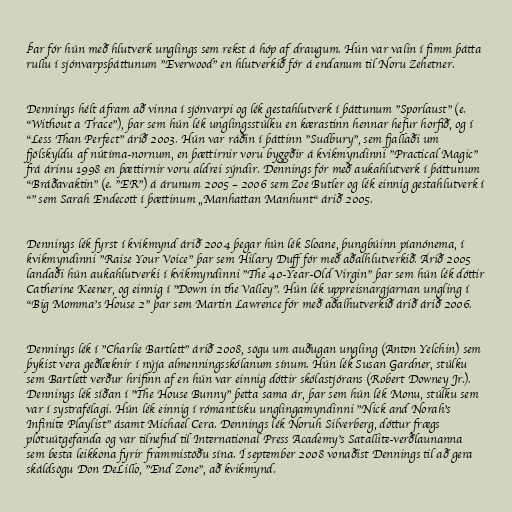
Þar fór hún með hlutverk unglings sem rekst á hóp af draugum. Hún var valin í fimm þátta
rullu í sjónvarpsþáttunum "Everwood" en hlutverkið fór á endanum til Noru Zehetner.

Dennings hélt áfram að vinna í sjónvarpi og lék gestahlutverk í þáttunum "Sporlaust" (e.
"Without a Trace"), þar sem hún lék unglingsstúlku en kærastinn hennar hefur horfið, og í
"Less Than Perfect" árið 2003. Hún var ráðin í þáttinn "Sudbury", sem fjallaði um
fjölskyldu af nútíma-nornum, en þættirnir voru byggðir á kvikmyndinni "Practical Magic"
frá árinu 1998 en þættirnir voru aldrei sýndir. Dennings fór með aukahlutverk í þáttunum
"Bráðavaktin" (e. "ER") á árunum 2005 – 2006 sem Zoe Butler og lék einnig gestahlutverk í
"" sem Sarah Endecott í þættinum „Manhattan Manhunt“ árið 2005.

Dennings lék fyrst í kvikmynd árið 2004 þegar hún lék Sloane, þungbúinn píanónema, í
kvikmyndinni "Raise Your Voice" þar sem Hilary Duff fór með aðalhlutverkið. Árið 2005
landaði hún aukahlutverki í kvikmyndinni "The 40-Year-Old Virgin" þar sem hún lék dóttir
Catherine Keener, og einnig í "Down in the Valley". Hún lék uppreisnargjarnan ungling í
"Big Momma's House 2" þar sem Martin Lawrence fór með aðalhutverkið árið árið 2006.

Dennings lék í "Charlie Bartlett" árið 2008, sögu um auðugan ungling (Anton Yelchin) sem
þykist vera geðlæknir í nýja almenningsskólanum sínum. Hún lék Susan Gardner, stúlku
sem Bartlett verður hrifinn af en hún var einnig dóttir skólastjórans (Robert Downey Jr.).
Dennings lék síðan í "The House Bunny" þetta sama ár, þar sem hún lék Monu, stúlku sem
var í systrafélagi. Hún lék einnig í rómantísku unglingamyndinni "Nick and Norah's
Infinite Playlist" ásamt Michael Cera. Dennings lék Noruh Silverberg, dóttur frægs
plötuútgefanda og var tilnefnd til International Press Academy's Satallite-verðlaunanna
sem besta leikkona fyrir frammistöðu sína. Í september 2008 vonaðist Dennings til að gera
skáldsögu Don DeLillo, "End Zone", að kvikmynd.